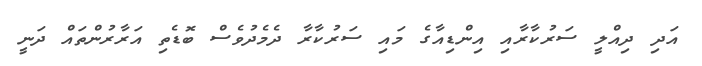
އަދި ދިއްލީ ސަރުކާރާއި އިންޑިއާގެ މައި ސަރުކާރާ ދެމެދުވެސް ބޮޑެތި އަރާރުންތައް ދަނީ